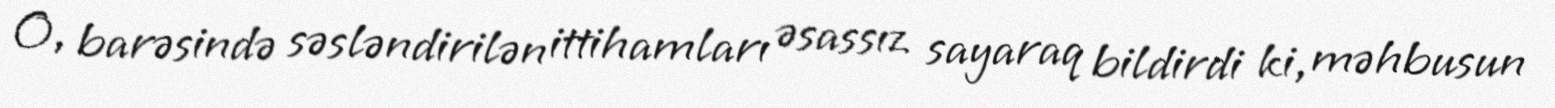
O, barəsində səsləndirilən ittihamları əsassız sayaraq bildirdi ki, məhbusun